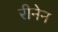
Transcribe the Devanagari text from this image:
रीनेन